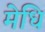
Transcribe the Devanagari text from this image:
मेधि